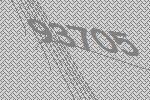
93705